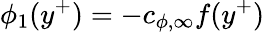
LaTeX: \phi_{1}(y^{+})=-c_{\phi,\infty}f(y^{+})